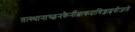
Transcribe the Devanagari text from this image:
तत्स्थानाच्छनकैर्नीत्वाकदाचिज्जाह्नवीजले